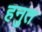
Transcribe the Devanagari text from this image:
हनुत